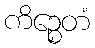
ကိဉ္စေတံ